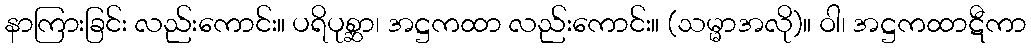
နာကြားခြင်း လည်းကောင်း။ ပရိပုစ္ဆာ၊ အဋ္ဌကထာ လည်းကောင်း။ (သမ္မာအလို)။ ဝါ၊ အဋ္ဌကထာဋီကာ